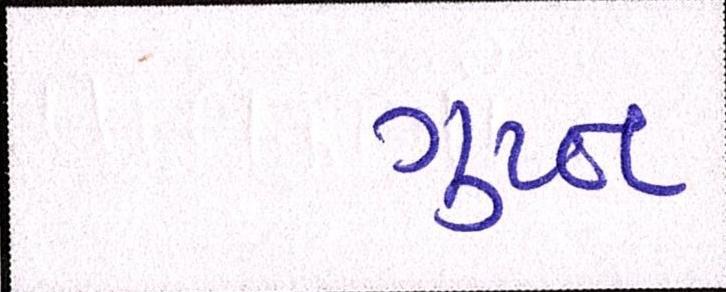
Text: ગુપ્ત